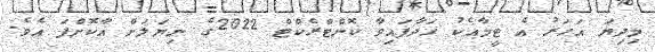
މިދިޔަ އަހަރު އެ ޓީމާއެކު ހަދާފައިވާ ކޮންޓްރެކްޓް 2022ގެ ނިޔަލަށް އާކޮށްފަ އެވެ.